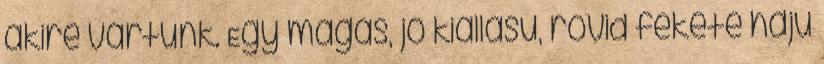
akire vártunk. Egy magas, jó kiállású, rövid fekete hajú